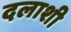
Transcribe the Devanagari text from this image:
दलाशी